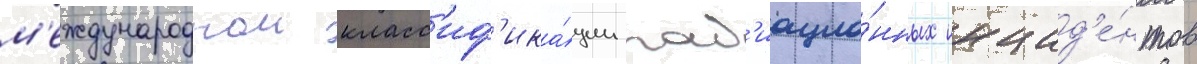
м'еждународнои класс'иф'ика́ции рад'иацио́нных инцид'е́нтов